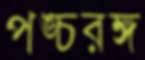
পঙ্চরঙ্গ